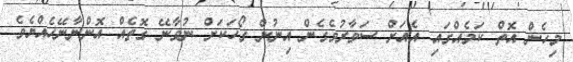
މިހެން އޮތް ކަމެއްގައި އެއަށް ސަވާރުވެގެން އިނުން ގޯހަކަށް ނުވާނޭ ގޮތެއް އޮންނާނޭހެއްޔެވެ